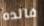
فائده